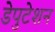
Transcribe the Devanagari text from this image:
डेपुटेशन